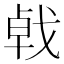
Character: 㦸